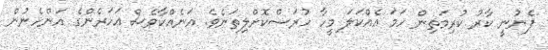
ފެނުނީ ކާރު ކުރިމަތިން ހަމަ އެއްކަލަ މީހާ ހުރަސްކޮށްލިތަނެވެ. އަނެއްކާވެސް އަހަރެންގެ އަންހެނުން